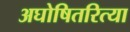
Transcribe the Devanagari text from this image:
अघोषितरित्या